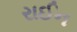
રાઈન